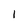
Character: 1